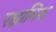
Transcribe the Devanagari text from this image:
रक्षामिश्र